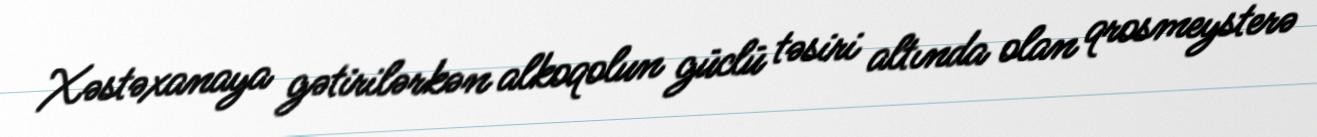
Xəstəxanaya gətirilərkən alkoqolun güclü təsiri altında olan qrosmeysterə